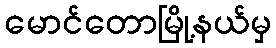
မောင်တောမြို့နယ်မှ